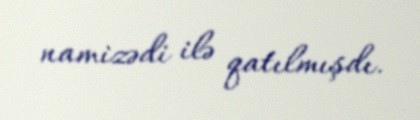
namizədi ilə qatılmışdı.